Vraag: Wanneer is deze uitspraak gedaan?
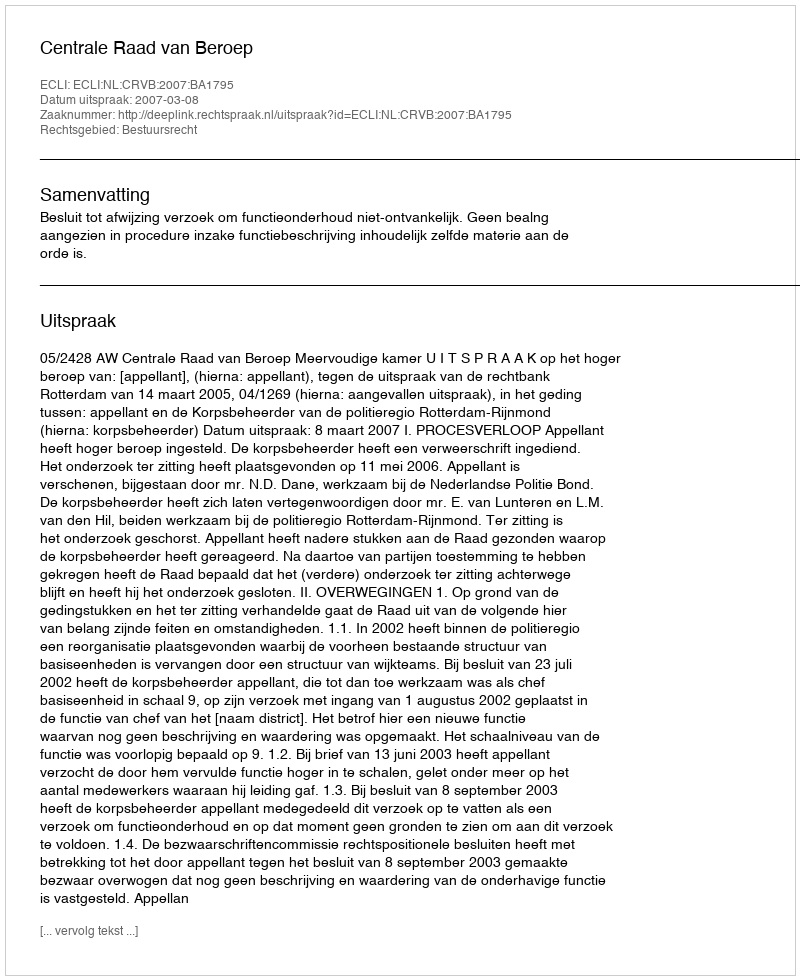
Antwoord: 2007-03-08